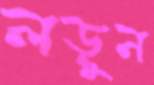
লড়ুন